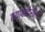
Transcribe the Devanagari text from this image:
त्याबाहेरील